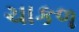
ચાકળ